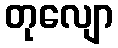
တုလျော